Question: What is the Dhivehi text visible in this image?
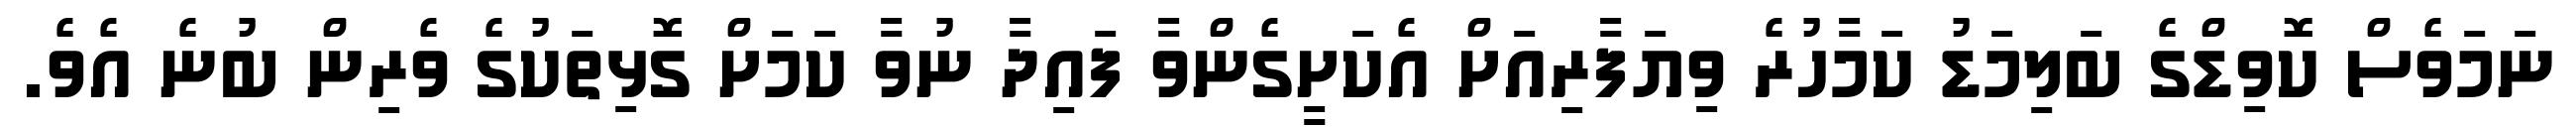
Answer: ނަމަވެސް ކޮވިޑްގެ ބަލިމަޑު ކަމާހުރެ ވިޔަފާރިއަށް އެކަށީގެންވާ ފައިދާ ނުވާ ކަމަށް ގޮޅިތަކުގެ ވެރިން ބުނެ އެވެ.